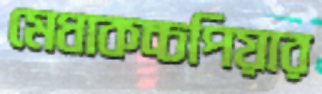
মেধাকচ্চপিয়ার